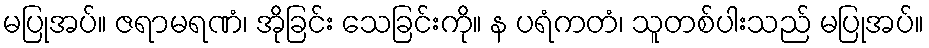
မပြုအပ်။ ဇရာမရဏံ၊ အိုခြင်း သေခြင်းကို။ န ပရံကတံ၊ သူတစ်ပါးသည် မပြုအပ်။